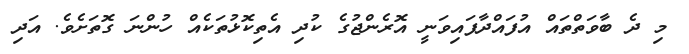
މި ދެ ބާވަތްތައް އުފައްދާފައިވަނީ އޮރެންޖުގެ ކުދި އެތިކޮޅުތަކެއް ހުންނަ ގޮތަށެވެ. އަދި